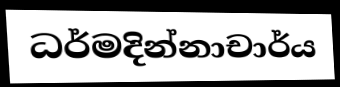
ධර්මදින්නාචාර්ය